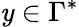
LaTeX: \mathit{y}\in\Gamma^{*}